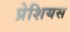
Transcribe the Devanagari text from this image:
प्रेशियस